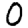
Digit: 0